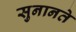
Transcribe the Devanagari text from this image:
सुनानते